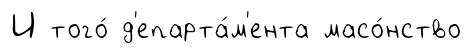
И того́ д'епарта́м'ента масо́нство